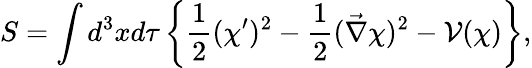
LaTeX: S=\int d^{3}xd\tau\left\{ \frac 12(\chi^{\prime})^{2}-\frac 12(\vec{\nabla}\chi)^{2}-{\cal{V}}(\chi)\right\} ,